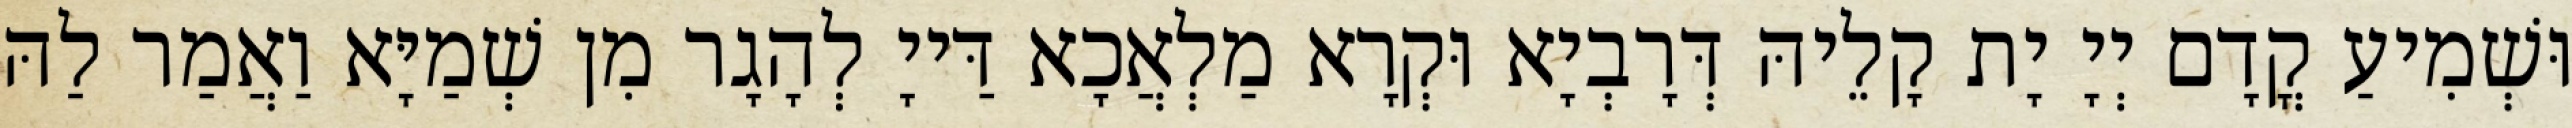
וּשְׁמִיעַ קֳדָם יְיָ יָת קָלֵיהּ דְּרָבְיָא וּקְרָא מַלְאֲכָא דַּייָ לְהָגָר מִן שְׁמַיָּא וַאֲמַר לַהּ